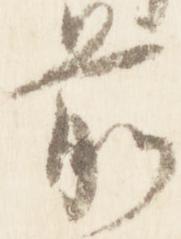
前